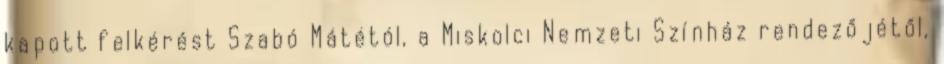
kapott felkérést Szabó Mátétól, a Miskolci Nemzeti Színház rendezőjétől,